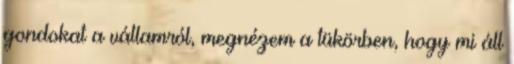
gondokat a vállamról, megnézem a tükörben, hogy mi áll